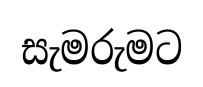
සැමරුමට